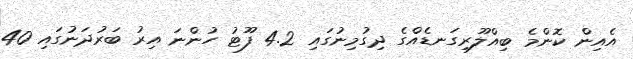
އެއިން ކޮންމެ ބިއްލޫރިގަނޑެއްގެ ދިގުމިނުގައި 4.2 ފޫޓު ހުންނަ އިރު ބަރުދަނުގައި 40